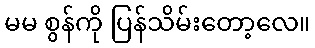
မမ စွန်ကို ပြန်သိမ်းတော့လေ။